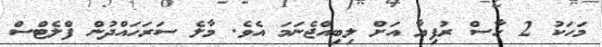
މަހަކު 2 ހާސް ރުފިޔާ އަށް ލިބިއްޖެނަމަ އެވެ. މާލެ ސަރަހައްދުން ފްލެޓްސް